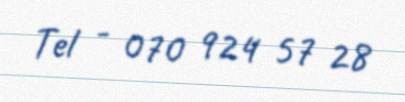
Tel - 070 924 57 28